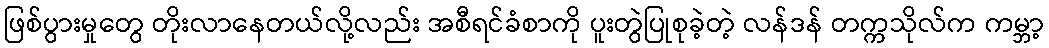
ဖြစ်ပွားမှုတွေ တိုးလာနေတယ်လို့လည်း အစီရင်ခံစာကို ပူးတွဲပြုစုခဲ့တဲ့ လန်ဒန် တက္ကသိုလ်က ကမ္ဘာ့